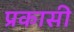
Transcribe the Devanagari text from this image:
प्रकासी